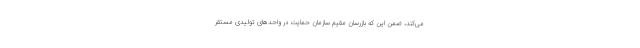
می‌کند، ضمن این که بازرسان مقیم سازمان حمایت در واحدهای تولیدی مستقر